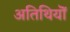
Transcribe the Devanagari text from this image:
अतिथियॊं